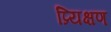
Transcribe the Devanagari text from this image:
प्र्यिक्षण